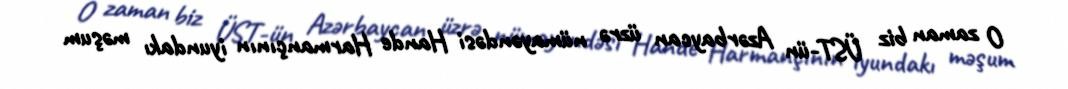
O zaman biz ÜST-ün Azərbaycan üzrə nümayəndəsi Hande Harmançının iyundakı məşum